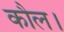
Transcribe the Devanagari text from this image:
कौल।